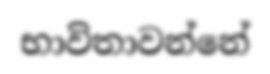
භාවිතාවන්නේ